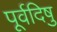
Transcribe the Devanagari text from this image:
पूर्वदिषु